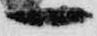
一